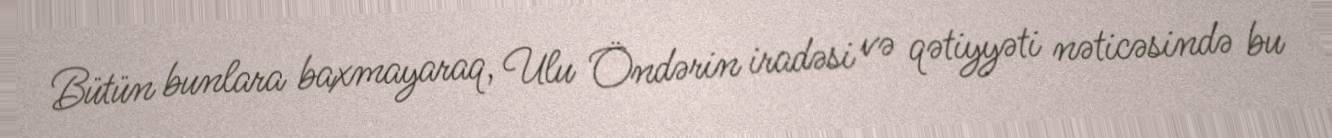
Bütün bunlara baxmayaraq, Ulu Öndərin iradəsi və qətiyyəti nəticəsində bu